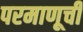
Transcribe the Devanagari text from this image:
परमाणूची